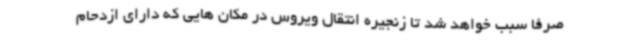
صرفا سبب خواهد شد تا زنجیره انتقال ویروس در مکان هایی که دارای ازدحام